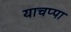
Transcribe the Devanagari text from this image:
याचप्पा